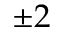
\pm 2